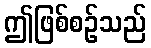
ဤဖြစ်စဉ်သည်